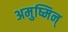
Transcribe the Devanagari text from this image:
अमुष्मिन्